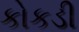
કોકડી